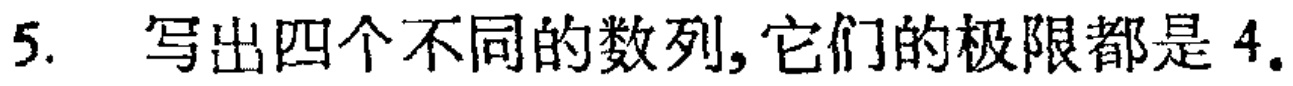
5. 写出四个不同的数列,它们的极限都是 4.